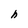
Character: h